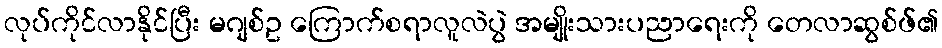
လုပ်ကိုင်လာနိုင်ပြီး မဂျစ်ဥ ကြောက်စရာလူလဲပွဲ အမျိုးသားပညာရေးကို တေလာဆွစ်ဖ်၏